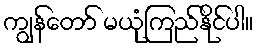
ကျွန်တော် မယုံကြည်နိုင်ပါ။